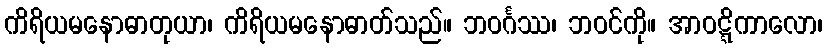
ကိရိယမနောဓာတုယာ၊ ကိရိယမနောဓာတ်သည်။ ဘဝင်္ဂဿ၊ ဘဝင်ကို။ အာဝဋ္ဋိကာလော၊